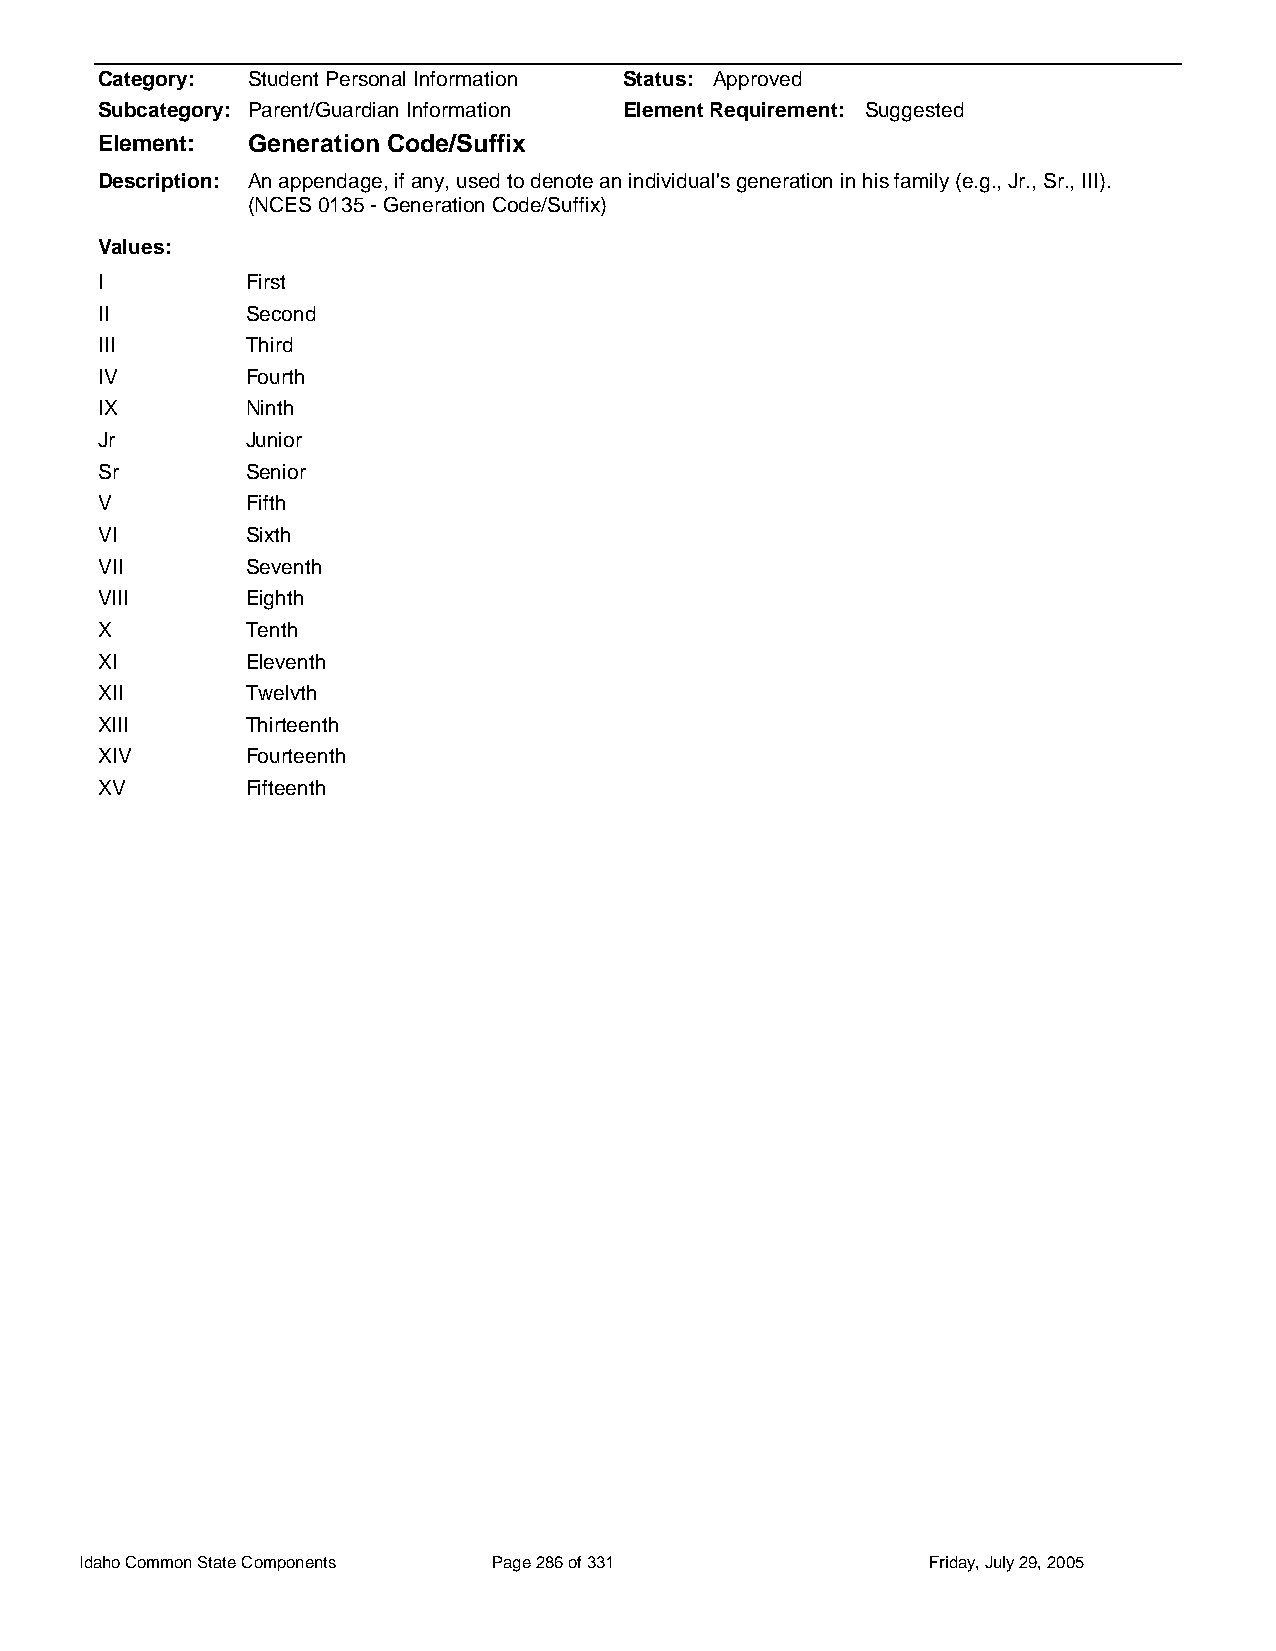
Category: Student Personal Information Status: Approved
 Subcategory: Parent/Guardian Information Element Requirement: Suggested
 Element:  Generation Code/Suffix
 Description: An appendage, if any, used to denote an individual's generation in his family (e.g., Jr., Sr., III).
 (NCES 0135 - Generation Code/Suffix)
 Values:
 I         First
 II        Second
 III       Third
 IV        Fourth
 IX        Ninth
 Jr        Junior
 Sr        Senior
 V         Fifth
 VI        Sixth
 VII       Seventh
 VIII      Eighth
 X         Tenth
 XI        Eleventh
 XII       Twelvth
 XIII      Thirteenth
 XIV       Fourteenth
 XV        Fifteenth
 Idaho Common State Components Page 286 of 331           Friday, July 29, 2005